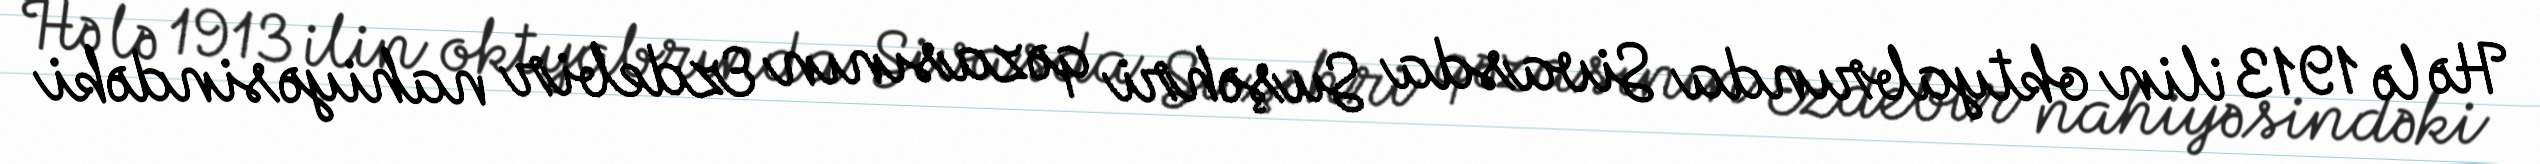
Hə lə 1913 ilin oktyabrında Sivasda Suşəhri qəzasının Ezdebir nahiyəsindəki